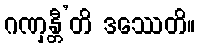
ဂဏှန္တီ’တိ ဒဿေတိ။